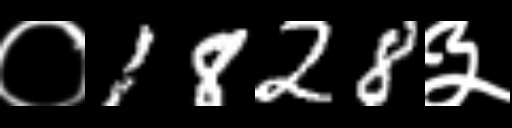
Text: ०1828३